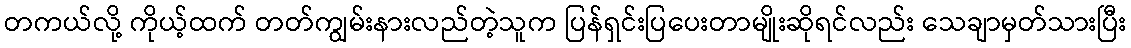
တကယ်လို့ ကိုယ့်ထက် တတ်ကျွမ်းနားလည်တဲ့သူက ပြန်ရှင်းပြပေးတာမျိုးဆိုရင်လည်း သေချာမှတ်သားပြီး